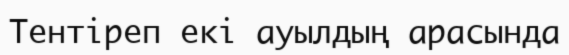
Тентіреп екі ауылдың арасында